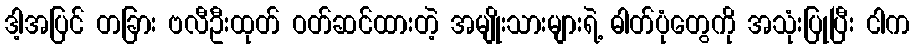
ဒါ့အပြင် တခြား ဗလီဦးထုတ် ဝတ်ဆင်ထားတဲ့ အမျိုးသားများရဲ့ ဓါတ်ပုံတွေကို အသုံးပြုပြီး ငါက